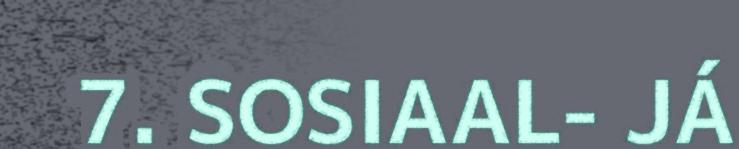
7. SOSIAAL- JÁ